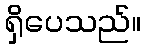
ရှိပေသည်။